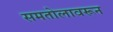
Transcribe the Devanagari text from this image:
समतोलावरून